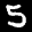
Label: 5